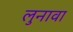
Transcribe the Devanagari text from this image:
लुनावा